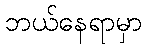
ဘယ်နေရာမှာ